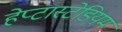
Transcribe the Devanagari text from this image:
हेप्टास्टेडियम